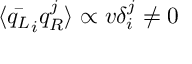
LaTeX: \langle { \bar { q _ { L } } } _ { i } { q _ { R } ^ { j } } \rangle \propto v \delta _ { i } ^ { j } \neq 0